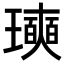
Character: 𪼩